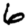
Digit: 6